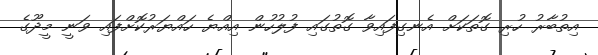
އިތުބާރު ހުރި ގޮތަކަށް އެނގިފައިވާ ގޮތުގައި ފުލުހުން އިއްޔެ ހައްޔަރުކޮށްފައި ވަނީ މީދޫގެ